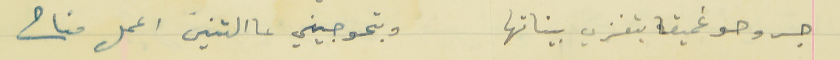
جروحو غميقا بتغزي بيناتها                                 وبتحوجيني عالتنين اعمل مناح